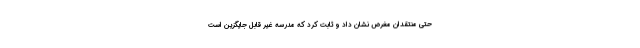
حتی منتقدان مغرض نشان داد و ثابت کرد که مدرسه غیر قابل جایگزین است